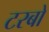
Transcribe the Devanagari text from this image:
टरबो